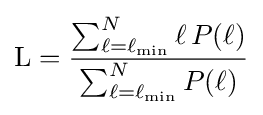
{\text{L}}={\frac {\sum _{\ell =\ell _{\min }}^{N}\ell \,P(\ell )}{\sum _{\ell =\ell _{\min }}^{N}P(\ell )}}